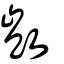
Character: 敳